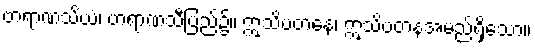
ဗာရာဏသိယံ၊ ဗာရာဏသီပြည်၌။ ဣသိပတနေ၊ ဣသိပတနအမည်ရှိသော။